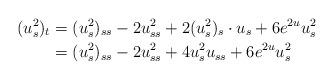
LaTeX: \begin{align*} (u_s^2)_t & =(u_{s}^2)_{ss} -2u_{ss}^2 +2(u_s^2)_s\cdot u_s +6e^{2u}u_s^2 \\ &=(u_{s}^2)_{ss} -2u_{ss}^2 +4 u_s^2u_{ss} +6e^{2u}u_s^2 \end{align*}